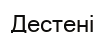
Дестені